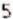
5